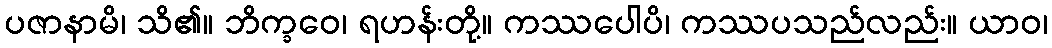
ပဇာနာမိ၊ သိ၏။ ဘိက္ခဝေ၊ ရဟန်းတို့။ ကဿပေါပိ၊ ကဿပသည်လည်း။ ယာဝ၊